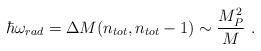
LaTeX: \begin{align*}\hbar \omega_{rad} = \Delta M(n_{tot},n_{tot}-1) \sim\frac{M_{P}^{2}}{M} ~.\end{align*}